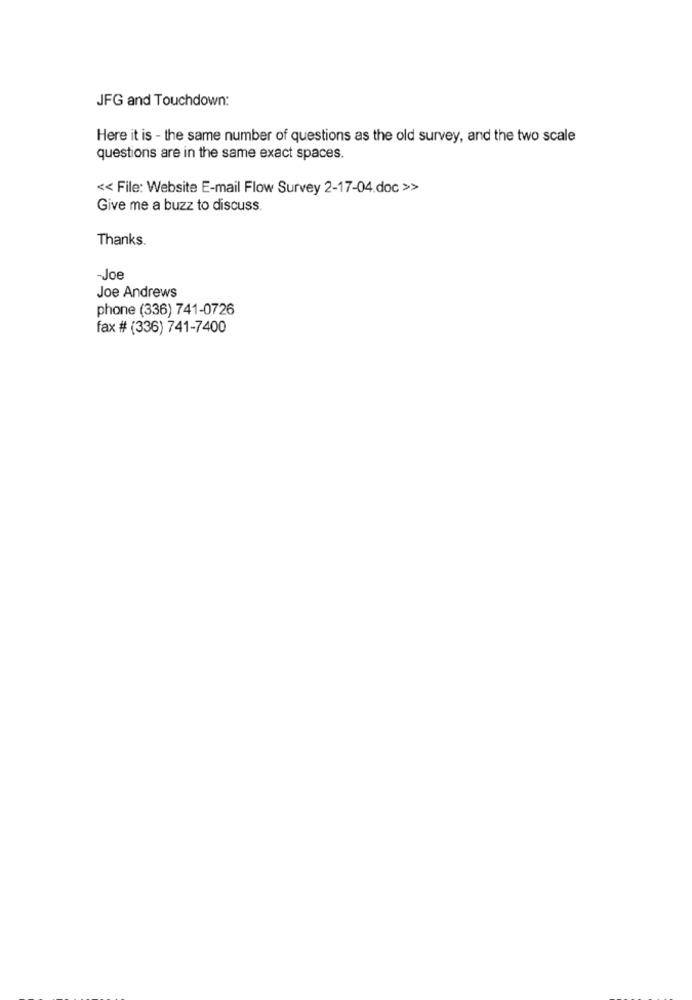
JFG and Touchdown:
Here it is - the same number of questions as the old survey, and the two scale
questions are in the same exact spaces.
<< File: Website E-mail Flow Survey 2-17-04.doc >>
Give me a buzz to discuss.
Thanks.
-Joe
Joe Andrews
phone (336) 741-0726
fax # (336) 741-7400